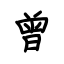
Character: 曾